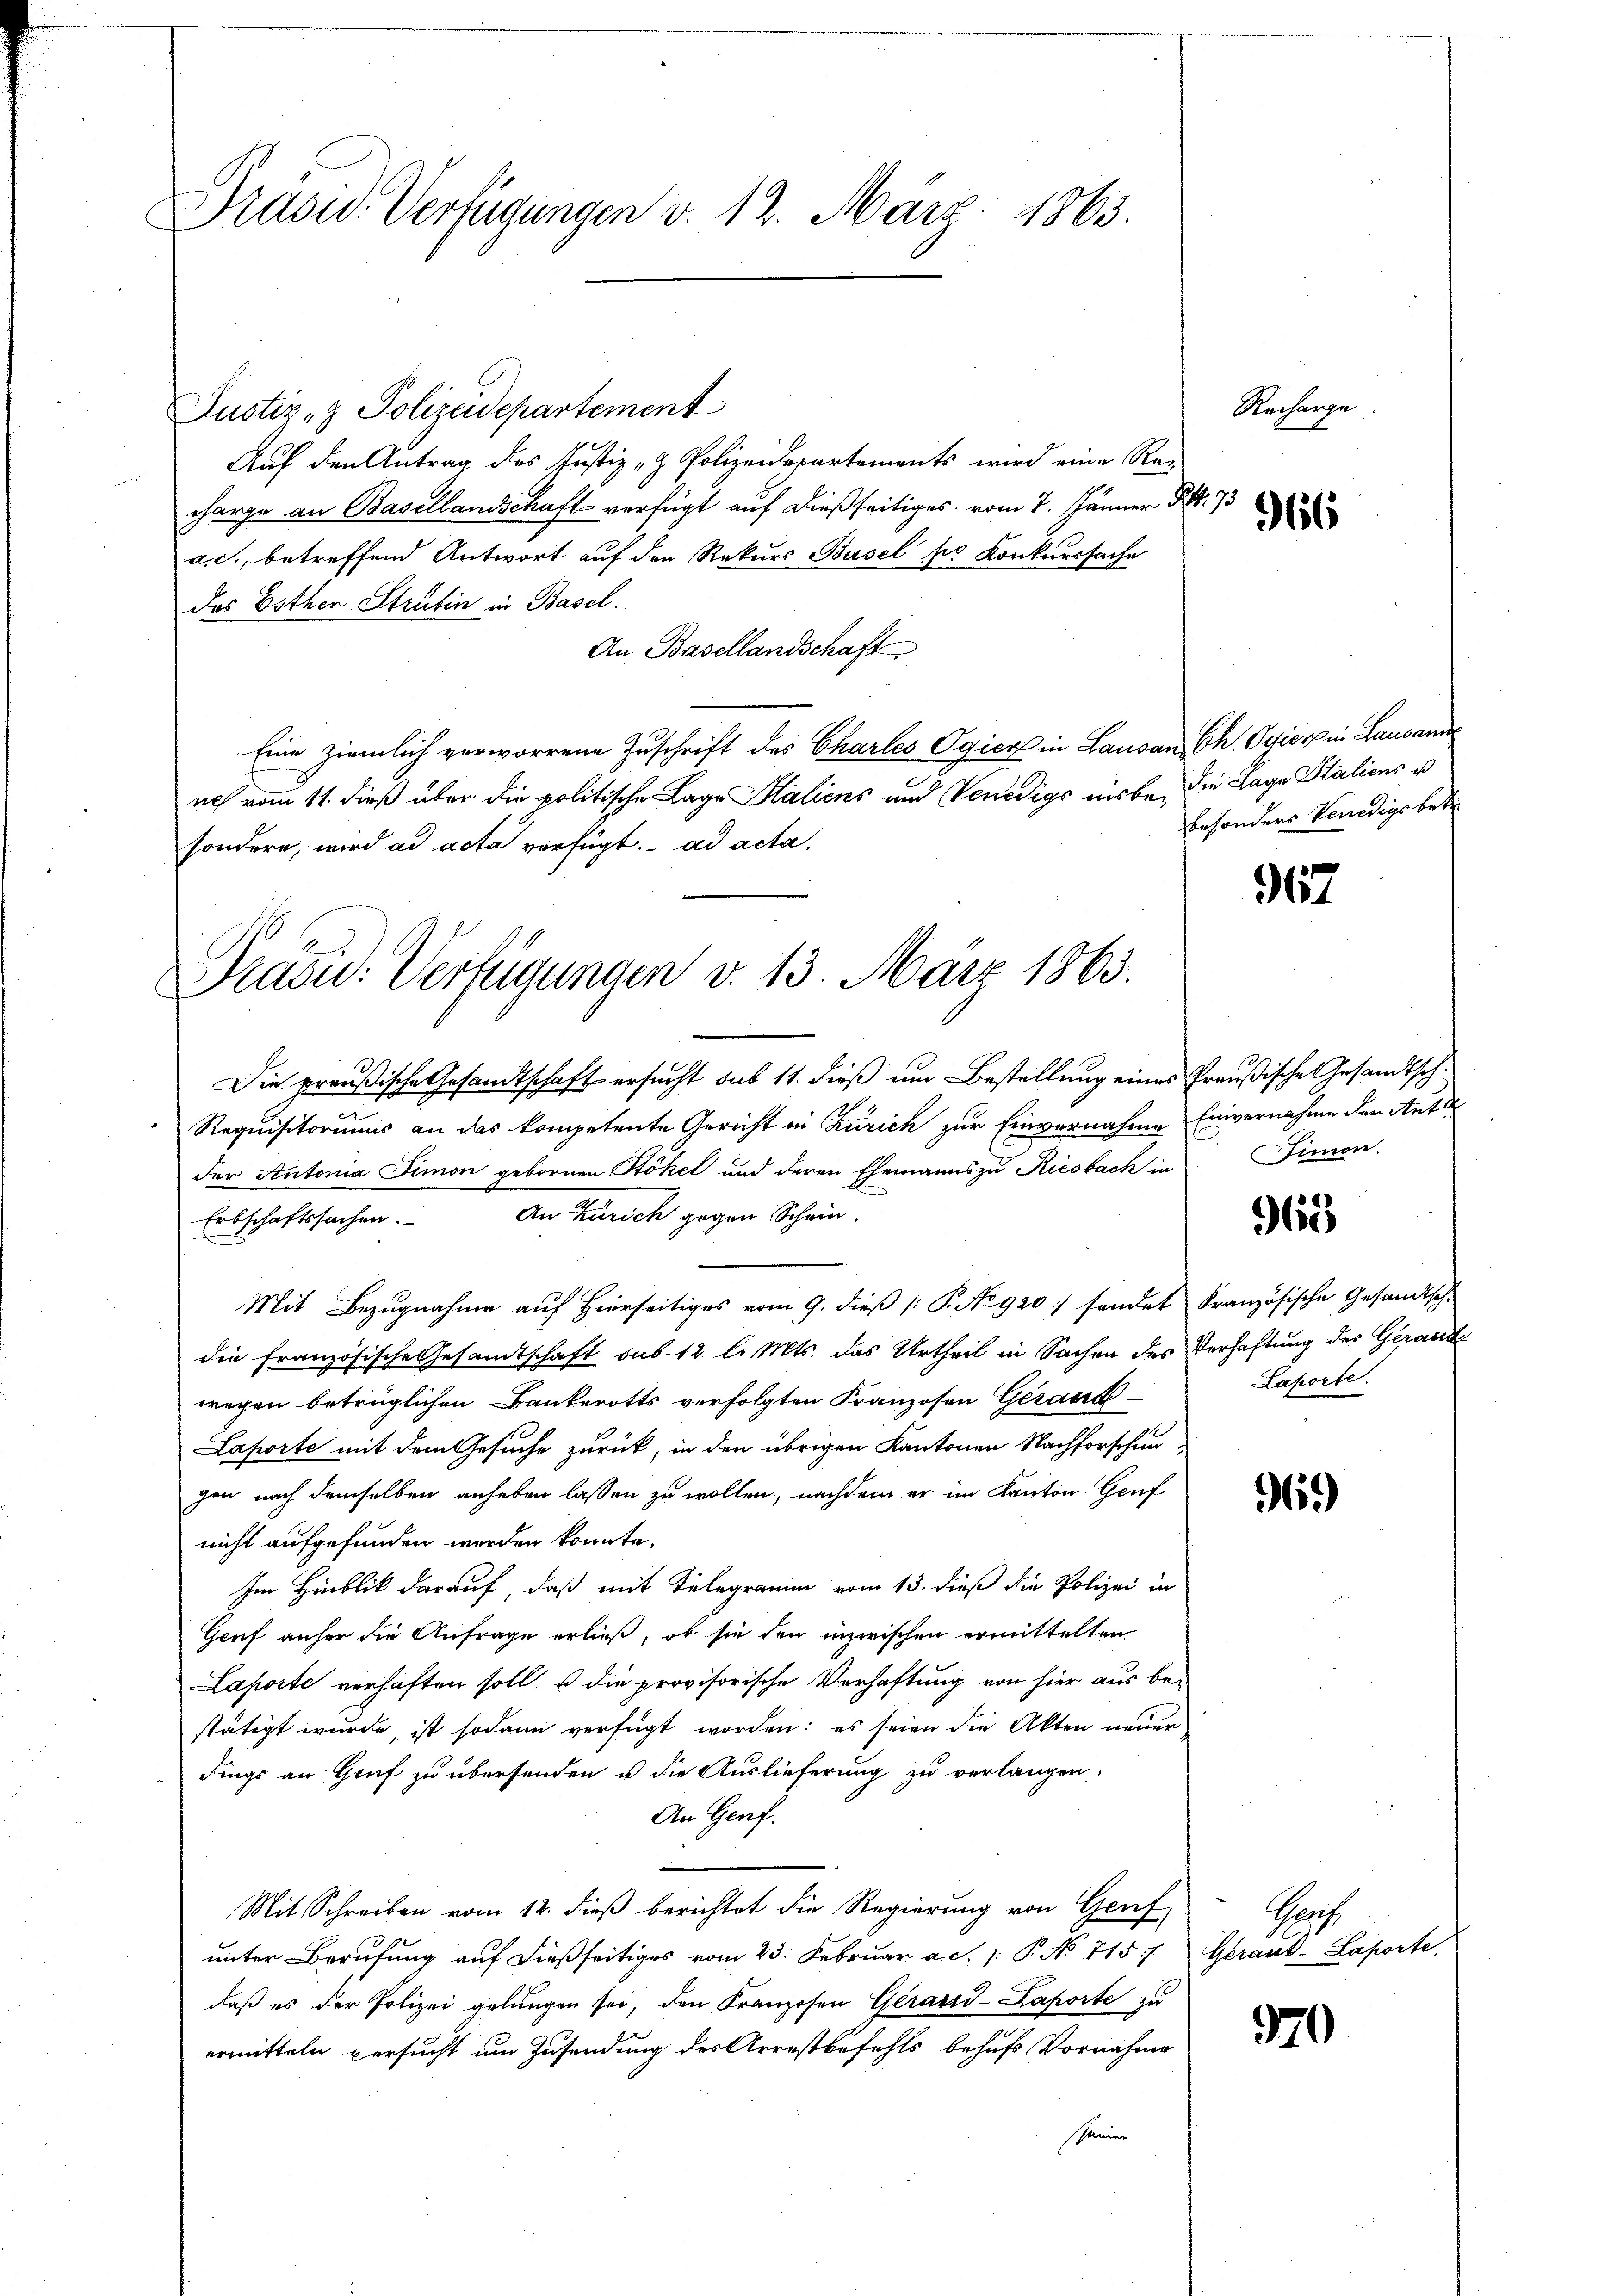
Präsid. Verfügungen v. 12. März 1863.

Justiz- & Polizeidepartement
Auf den Antrag des Justiz- & Polizeidepartements wird eine Recharge an Basellandschaft verfügt auf dießseitiges vom 7. Jänner S. 75
a.c. betreffend Antwort auf den Rekurs Basel ser Konkurssache
das Esthen Strutin in Basel.
An Basellandschaft
Eine ziemlich verworrene Zuschrift des Charles Ogiert in Lausan Ch. Ogiore in Lausann
uch vom 11. dieß über die politische Lage Staliens und Venedige Liebe, die Lage Staliens u
sondere, wird ad acta verfügt. ad acta.
Die preußische Gesandtschaft ersucht sub 11. dieß um Bestellung eines Preußische Gesandtsche
Requisitoriums an das kompetente Gericht in Zürich zur Einvernahme Einvernahme der Anto
der Antonia Fimon gebornen Stökel und deren Ehemanns zu Riesbach in
An Zürich gegen Schein.
Erbschaftssachen.
Mit Bezugnahme auf Hierseitiges vom 9. dieß P. No 920 :/ sondet Französische Gesandtsche
die französische Gesamtschaft sub 12. l. Mts. das Urtheil in Sachen des Verhaftung des Gerand
wegen betrüglichen Bankerotts verfolgten Franzosen Gerand-
Laporte mit dem Gesuche zurück, in den übrigen Kantonen Nachforschen
gen nach demselben anheben lassen zu wollen, nachdem er im Kanton Genf
nicht aufgefunden werden könnte.
Im Hinblik darauf, daß mit Telegramm vom 13. dieß die Polizei in
Genf anher die Anfrage erließ, ob sie den inzwischen ermittelten
Laporte verhaften soll, u die provisorische Verhaftung von hier aus bestätigt wurde, ist sodann verfügt worden: es seien die Akten neuer
dings an Gruf zu übersenden u die Auslieferung zu verlangen.
An Genf.
Mit Schreiben vom 12. dieß berichtet die Regierung von Genf
unter Berufung auf dießseitiges vom 23. Februar a. S. 1: P. No 7157. Gerant-Laporte.
daß es der Polizei gelungen sei, den Franzosen Gerard-Kaporte zu
ermitteln versucht um Zusendung des Arrestbefehls behufs Vornahme
shamer

Präsid. Verfügungen v. 13. März 1865.

Recharge
966

besonders Venedigs betr

917

imon.

968

Laporte.

96.

Spi

970